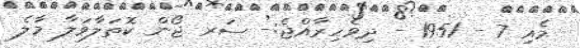
މެއި 7 - 1951 - ދިވެހިރާއްޖެ:- ސަރ ޖޯން ކޮތަލާވަލާ މާލެ